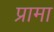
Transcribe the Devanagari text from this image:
प्रामा